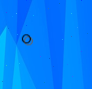
0